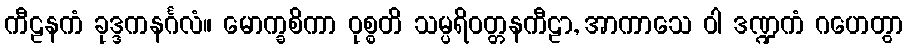
ကီဠနကံ ခုဒ္ဒကနင်္ဂလံ။ မောက္ခစိကာ ဝုစ္စတိ သမ္ပရိဝတ္တနကီဠာ, အာကာသေ ဝါ ဒဏ္ဍကံ ဂဟေတွာ